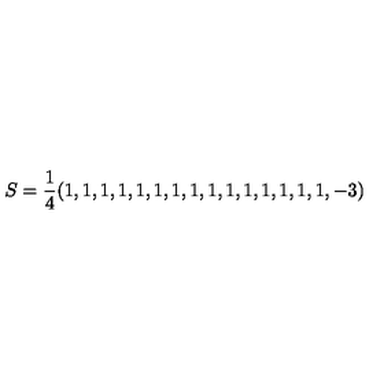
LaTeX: S = \frac 1 4 ( 1 , 1 , 1 , 1 , 1 , 1 , 1 , 1 , 1 , 1 , 1 , 1 , 1 , 1 , 1 , - 3 )